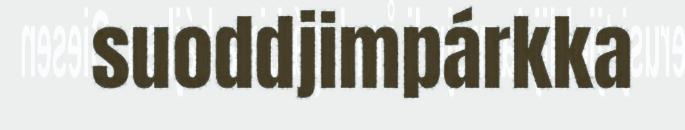
suoddjimpárkka